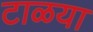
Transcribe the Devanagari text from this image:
टाळया